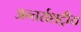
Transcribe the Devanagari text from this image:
अन्तर्राशट्रीय